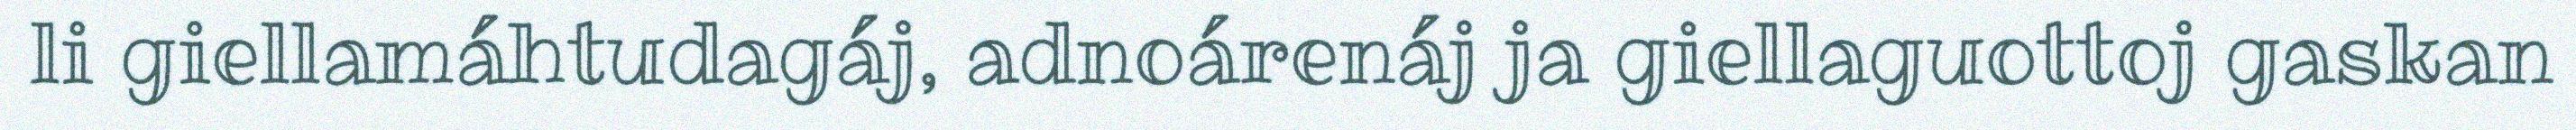
li giellamáhtudagáj, adnoárenáj ja giellaguottoj gaskan